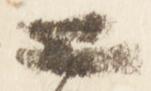
二